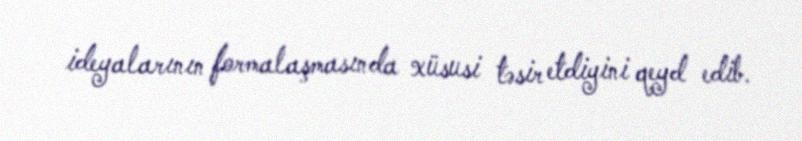
ideyalarının formalaşmasında xüsusi təsir etdiyini qeyd edib.